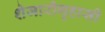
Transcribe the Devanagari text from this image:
शेजारीगृहासी